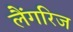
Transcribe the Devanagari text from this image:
लैंगरिज